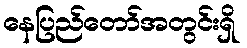
နေပြည်တော်အတွင်းရှိ